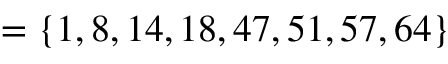
= \{ 1 , 8 , 1 4 , 1 8 , 4 7 , 5 1 , 5 7 , 6 4 \}